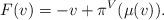
LaTeX: \begin{align*}F(v)=-v+\pi^V(\mu(v)).\end{align*}